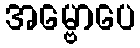
အမ္ဗောပေ